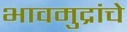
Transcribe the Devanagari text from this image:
भावमुद्रांचे